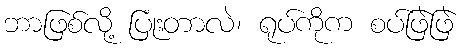
ဘာဖြစ်လို့ ပြုံးတာလဲ၊ ရုပ်ကိုက စပ်ဖြဲဖြဲ